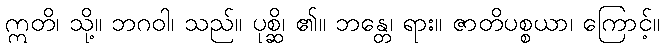
ဣတိ၊ သို့။ ဘဂဝါ၊ သည်။ ပုစ္ဆိ၊ ၏။ ဘန္တေ၊ ရား။ ဇာတိပစ္စယာ၊ ကြောင့်။